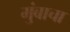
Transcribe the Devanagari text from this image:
मुंबाचा